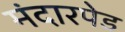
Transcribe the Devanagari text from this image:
मंदारपेड